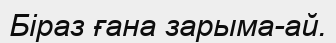
Біраз ғана зарыма-ай.